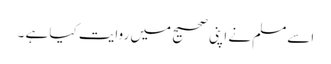
اسےمسلم نے اپنی صحیح میں روایت کیا ہے ۔